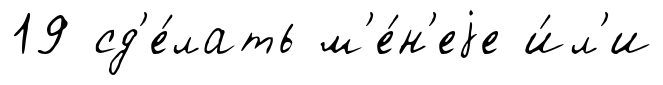
19 сд'е́лать м'е́н'еjе и́л'и